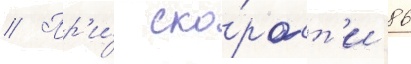
// Пр'и́ ско́рост'и 86